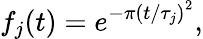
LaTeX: f_{j}(t)=e^{-\pi\left({t}/{\tau_{j}}\right)^{2}},